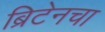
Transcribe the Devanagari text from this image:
ब्रिटेनचा